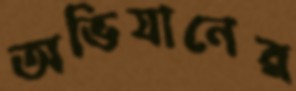
অভিযানের